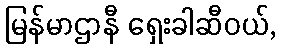
မြန်မာဌာနီ ရှေးခါဆီဝယ်,